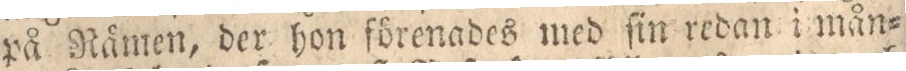
på Rämen, der hon förenades med ſin redan i mån=